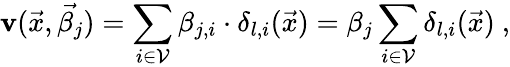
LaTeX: \mathbf{v}(\vec{{x}},\vec{{\beta_{j}}})=\sum_{i\in\mathcal{{V}}}\beta_{j,i}\cdot\delta_{l,i}(\vec{{x}})=\beta_{j}\sum_{i\in\mathcal{{V}}}\delta_{l,i}(\vec{{x}})\ ,